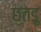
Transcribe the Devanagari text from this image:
छतड़ू